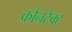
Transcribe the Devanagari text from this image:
कौनटैक्ट